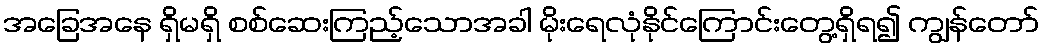
အခြေအနေ ရှိမရှိ စစ်ဆေးကြည့်သောအခါ မိုးရေလုံနိုင်ကြောင်းတွေ့ရှိရ၍ ကျွန်တော်